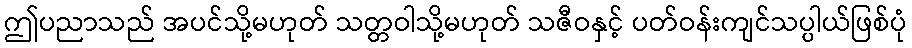
ဤပညာသည် အပင်သို့မဟုတ် သတ္တဝါသို့မဟုတ် သဇီဝနှင့် ပတ်ဝန်းကျင်သပ္ပါယ်ဖြစ်ပုံ